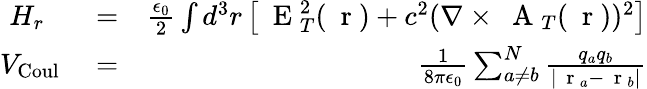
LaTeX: \begin{array}{rlr}{H_{r}\; \; }&{{}=}&{\frac{\epsilon_{0}}{2}\int d^{3}r\left[\mathrm{~\mathbf~E~}_{T}^{2}(\mathrm{~\mathbf~r~})+c^{2}(\nabla\times\mathrm{~\mathbf~A~}_{T}(\mathrm{~\mathbf~r~}))^{2}\right]}\\ {V_{\mathrm{Coul}}}&{{}=}&{\frac{1}{8\pi\epsilon_{0}}\sum_{a\ne b}^{N}\frac{q_{a}q_{b}}{|\mathrm{~\mathbf~r~}_{a}-\mathrm{~\mathbf~r~}_{b}|}}\end{array}